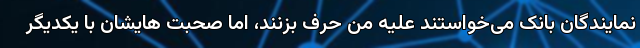
نمایندگان بانک می‌خواستند علیه من حرف بزنند، اما صحبت هایشان با یکدیگر